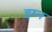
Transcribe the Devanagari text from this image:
इम्न